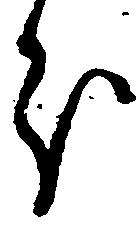
分